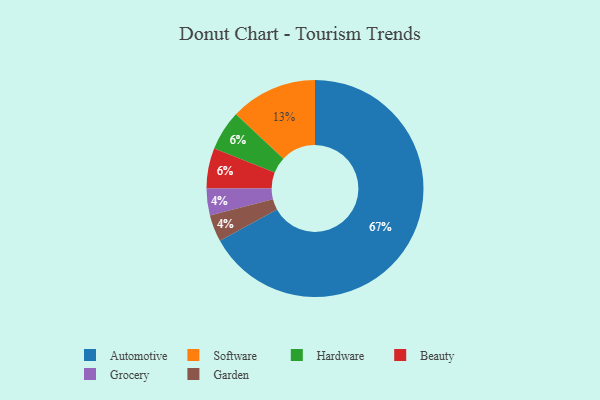
{"axis": {"x": "Category", "y": "Percentage"}, "legend": ["Automotive", "Beauty", "Garden", "Grocery", "Hardware", "Software"], "data": [{"x": "Hardware", "y": 6, "type": "Hardware"}, {"x": "Beauty", "y": 6, "type": "Beauty"}, {"x": "Grocery", "y": 4, "type": "Grocery"}, {"x": "Garden", "y": 4, "type": "Garden"}, {"x": "Software", "y": 13, "type": "Software"}, {"x": "Automotive", "y": 67, "type": "Automotive"}]}